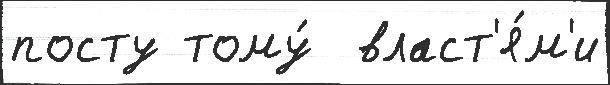
посту тому́  власт'я́м'и